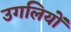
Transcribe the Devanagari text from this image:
उगलियों